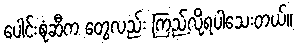
ပေါင်းစုံဆီက တွေလည်း ကြည့်လို့ရပါသေးတယ်။